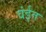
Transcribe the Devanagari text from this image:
वंईत